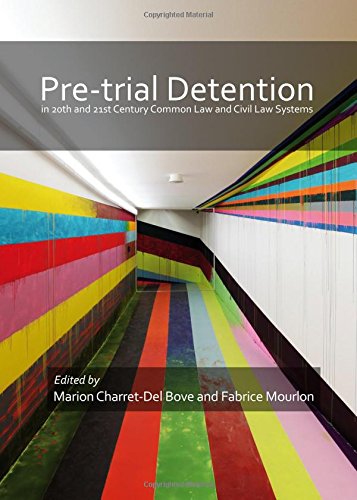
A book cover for Pre-Trial Detention in 20th and 21st Century Common Law and Civil Law Systems; Marion Charret-Del Bove; Law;